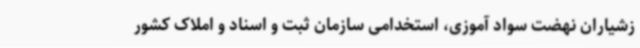
زشیاران نهضت سواد آموزی، استخدامی سازمان ثبت و اسناد و املاک کشور